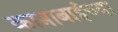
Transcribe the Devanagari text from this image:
कात्राबाईच्या